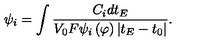
\psi _ { i } = \int \frac { C _ { i } d t _ { E } } { V _ { 0 } F \psi _ { i } \left( \varphi \right) \left| t _ { E } - t _ { 0 } \right| } .